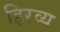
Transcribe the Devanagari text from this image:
हिरव्य